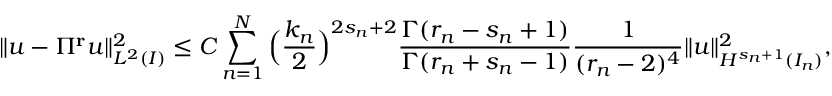
\| u - \Pi ^ { \bf { r } } u \| _ { L ^ { 2 } ( I ) } ^ { 2 } \le C \displaystyle \sum _ { n = 1 } ^ { N } \Big ( \displaystyle \frac { k _ { n } } { 2 } \Big ) ^ { 2 s _ { n } + 2 } \displaystyle \frac { \Gamma ( r _ { n } - s _ { n } + 1 ) } { \Gamma ( r _ { n } + s _ { n } - 1 ) } \displaystyle \frac { 1 } { ( r _ { n } - 2 ) ^ { 4 } } \| u \| _ { H ^ { s _ { n } + 1 } ( I _ { n } ) } ^ { 2 } ,